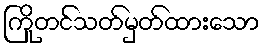
ကြိုတင်သတ်မှတ်ထားသော